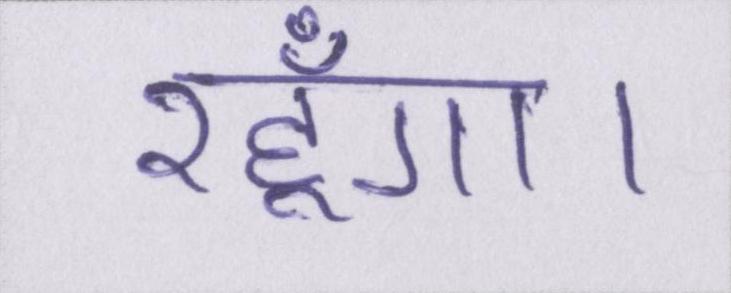
रहूँगा।